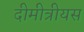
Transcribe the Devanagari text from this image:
दीमीत्रीयस